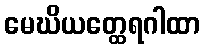
မေဃိယတ္ထေရဂါထာ